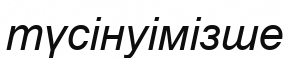
түсінуімізше